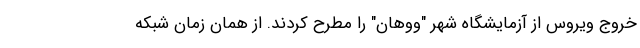
خروج ویروس از آزمایشگاه شهر "ووهان" را مطرح کردند. از همان زمان شبکه